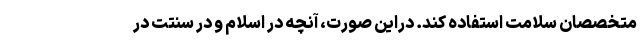
متخصصان سلامت استفاده کند. دراین صورت، آنچه در اسلام و در سنتت در